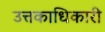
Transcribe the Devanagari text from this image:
उत्तकाधिकारी